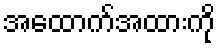
အထောက်အထားကို